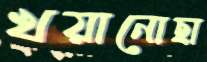
খয়ানোছা